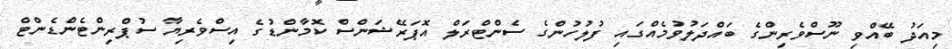
މިއަދު ބޭއްވި ނޫސްވެރިންގެ ބައްދަލުވުމެއްގައި ފުލުހުންގެ ސެންޓްރަލް އޮޕަރޭޝަންސް ކޮމާންޑުގެ އިސްވެރިޔާ ސުޕްރިންޓެންޑެންޓް